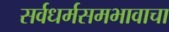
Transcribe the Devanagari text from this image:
सर्वधर्मसमभावाचा